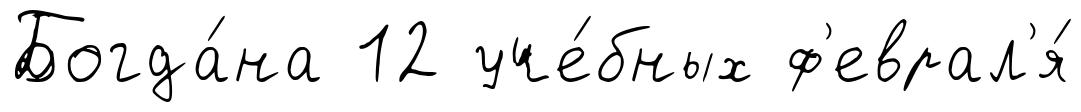
Богда́на 12 уче́бных ф'еврал'я́